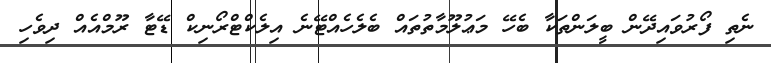
ނެތި ފޯރުވައިދޭން ބީލަންތަކާ ބެހޭ މަޢުލޫމާތުތައް ބެލެހެއްޓޭނެ އިލެކްޓްރޯނިކް ޑޭޓާ ރޫމްއެއް ދިވެހި